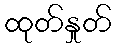
ထုတ်နှုတ်